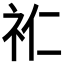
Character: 𮵘